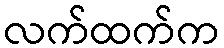
လက်ထက်က